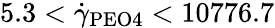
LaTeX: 5.3<\dot{\gamma}_{\mathrm{PEO4}}<10776.7